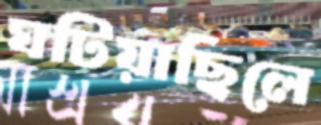
ঘটিয়াছিলে